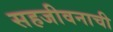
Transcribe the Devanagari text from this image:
सहजीवनाची